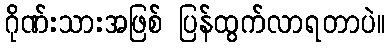
ဂိုဏ်းသားအဖြစ် ပြန်ထွက်လာရတာပဲ။